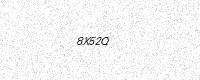
Text: 8X52Q